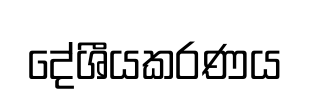
දේශීයකරණය